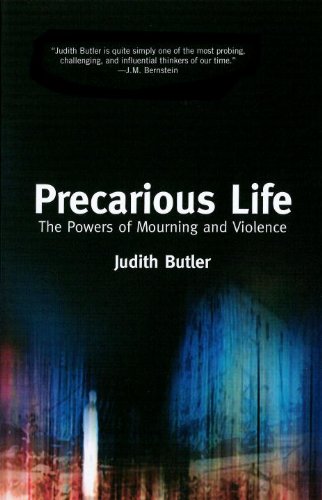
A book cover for Precarious Life: The Powers of Mourning and Violence; Judith Butler; Politics & Social Sciences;